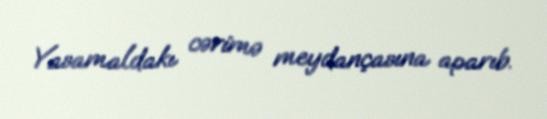
Yasamaldakı cərimə meydançasına aparıb.